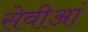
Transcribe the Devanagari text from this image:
सेवीआं